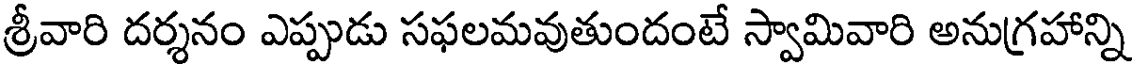
శ్రీవారి దర్శనం ఎప్పుడు సఫలమవుతుందంటే స్వామివారి అనుగ్రహాన్ని